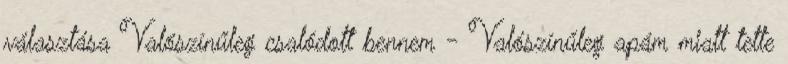
választása Valószínűleg csalódott bennem - Valószínűleg apám miatt tette